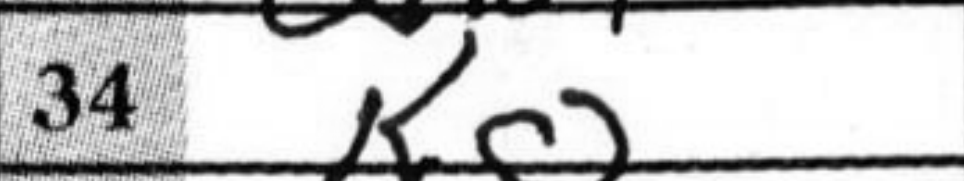
Transcription: Kg2